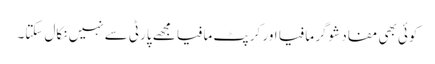
کوئی بھی مفاد شوگر مافیا اور کرپٹ مافیا مجھے پارٹی سے نہیں نکال سکتا۔